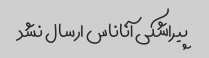
پیراشکی آناناس ارسال نشد